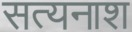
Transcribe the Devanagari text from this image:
सत्यनाश